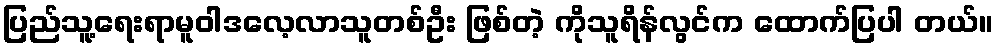
ပြည်သူ့ရေးရာမူဝါဒလေ့လာသူတစ်ဦး ဖြစ်တဲ့ ကိုသူရိန်လွင်က ထောက်ပြပါ တယ်။